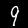
Label: 9